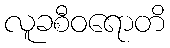
လူခစီဝရောတိ